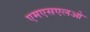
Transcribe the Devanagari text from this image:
एमएसएलओ